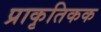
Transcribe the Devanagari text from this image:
प्राकृतिकक